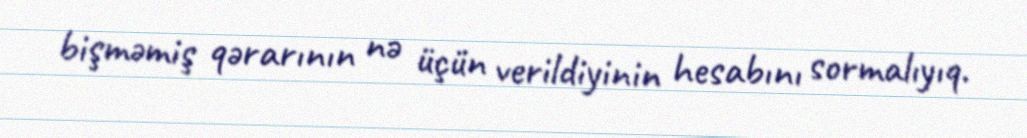
bişməmiş qərarının nə üçün verildiyinin hesabını sormalıyıq.